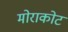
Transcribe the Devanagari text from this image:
मोराकोट